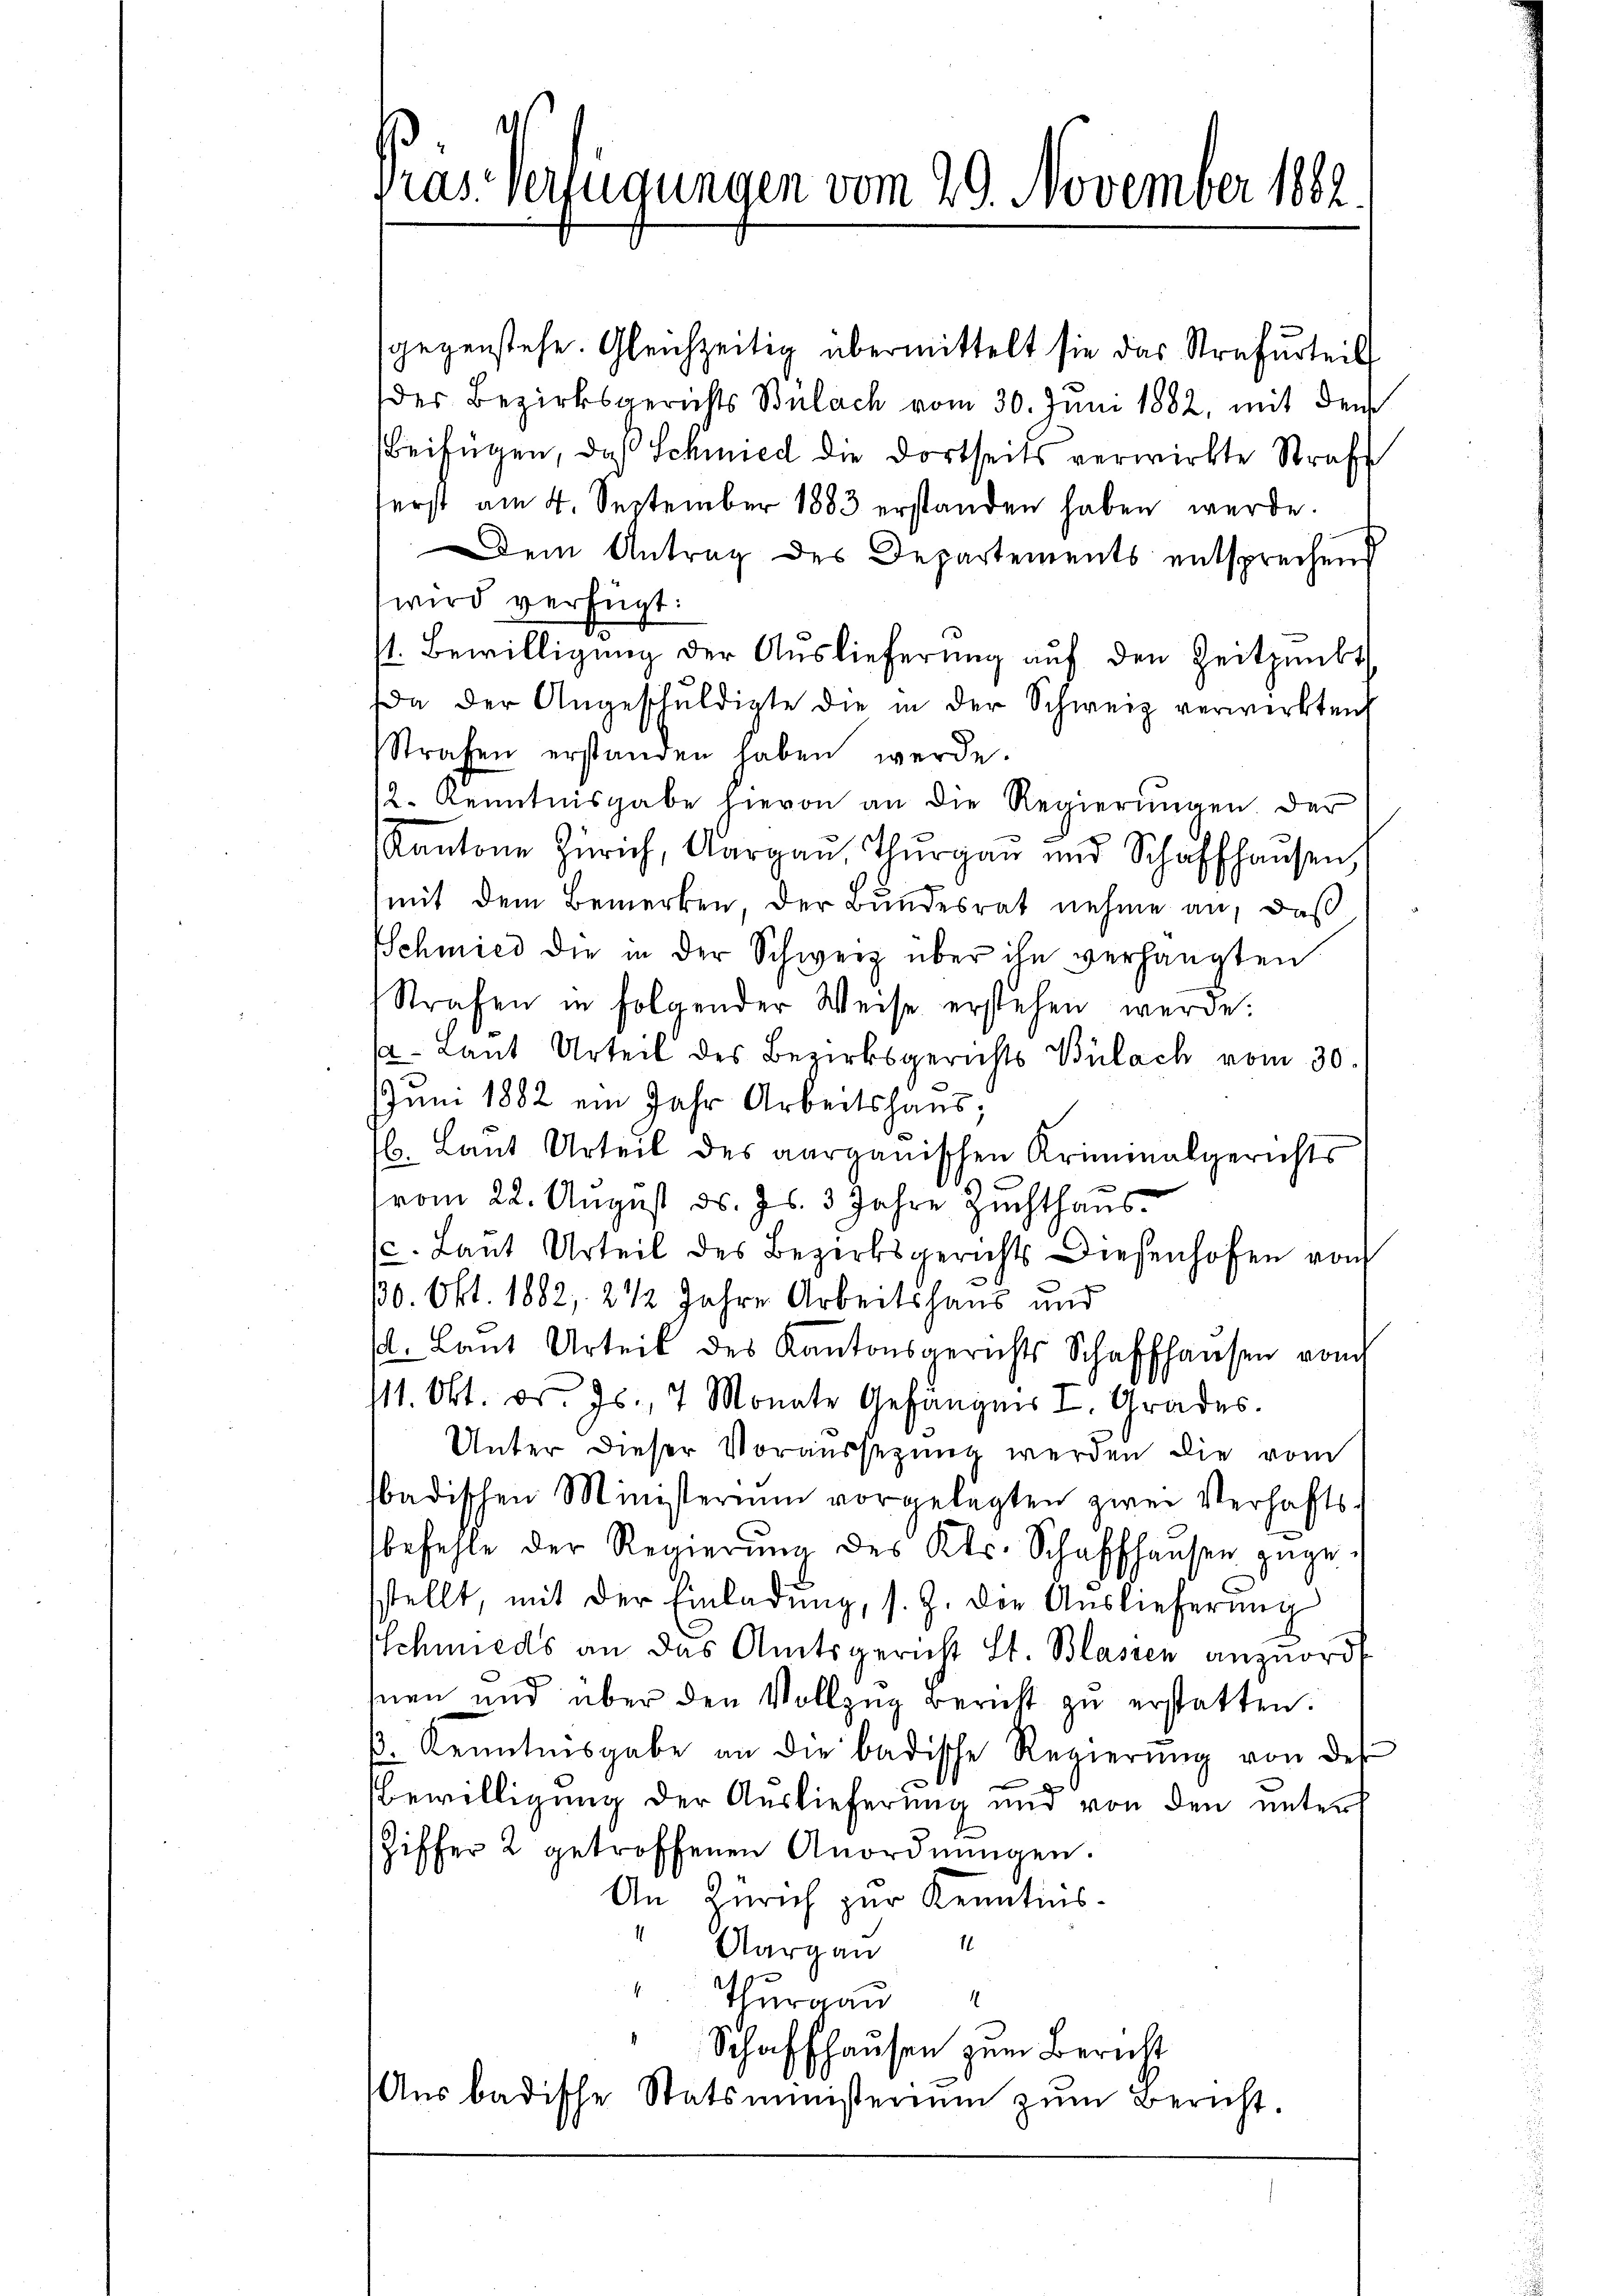
sgegenstehe. Gleichzeitig übermittelt sie das Strafurteil
der Bezirksgerichts Bülach vom 30. Juni 1882, mit den
Beifügen, daß Schmied die dortseits verwirkte Straf
erst am 4. September 1883 erstanden haben werde.
Dem Antrag des Departements entsprechend
wird verfügt:
1. Bewilligŭng der Auslieferŭng aŭf den Zeitpunkt,
da der Angeschŭldigte die in der Schweiz verwirkten
Strafen erstanden haben werde.
12. Kenntnisgabe hievon an die Regierungen der
Kantone Zürich, Aargau, Thŭrgaŭ und Schaffhausen,
mit dem Bemerken der Bundesrat nehme an, daß
Schmied die in der Schwerz über ihn verhängten
Strafen in folgender Weise erstehen werde.
a. Laut Urteil des Bezirksgerichts Bülach vom 30.
Juni 1882 ein Jahr Arbeitshaus;
l. Laut Urteil des aargauischen Kriminalgerichts
(vom 22. August ds. Js. 3 Jahre Zuchthaus
c. Laut Urteil des Bezirksgerichts Diesenhofen von
30. Okt. 1882, 2 1/2 Jahre Arbeitshaus und
sl. Laŭt Urteil des Kantonsgerichts Schaffhausen vom
111. Okt. d. Js. 4 Monate Gefängnis I. Grades.
Unter dieser Voraussezung werden die vom
badischen Ministerium vorgelegten zwei Verhafts-
befehle der Regierŭng des Kts. Schaffhausen zŭge-
stellt, mit der Einladŭng, s. Z. die Aŭslieferŭng
Schmieds an das Amtsgericht St. Blassen anzuord
mnen und über den Vollzŭg Bericht zu erstatten.
b. Kenntnisgabe an die badische Regierŭng von des
Bewilligung der Auslieferung und von den unter
Ziffer 2 getroffenen Anordnŭngen.
An Zürich zur Kenntins¬
Aargau
 Thurgau
Schaffhausen zum Bericht
Aus badische Statsministerium zum Bericht.

Pras. Verfügungen vom 29. November 1862